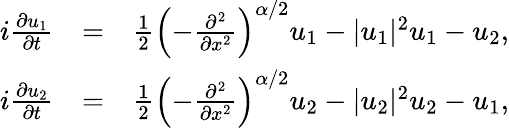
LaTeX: \begin{array}{rlr}{i\frac{\partial u_{1}}{\partial t}}&{=}&{\frac{1}{2}\left(-\frac{\partial^{2}}{\partial x^{2}}\right)^{\alpha/2}u_{1}-|u_{1}|^{2}u_{1}-u_{2},}\\ {i\frac{\partial u_{2}}{\partial t}}&{=}&{\frac{1}{2}\left(-\frac{\partial^{2}}{\partial x^{2}}\right)^{\alpha/2}u_{2}-|u_{2}|^{2}u_{2}-u_{1},}\end{array}